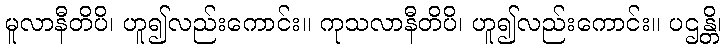
မူလာနီတိပိ၊ ဟူ၍လည်းကောင်း။ ကုသလာနီတိပိ၊ ဟူ၍လည်းကောင်း။ ပဌန္တိ၊